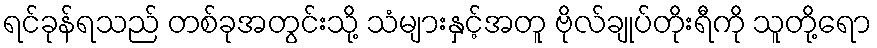
ရင်ခုန်ရသည် တစ်ခုအတွင်းသို့ သံများနှင့်အတူ ဗိုလ်ချုပ်တိုးရီကို သူတို့ရော